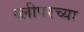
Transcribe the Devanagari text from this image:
स्लीपरच्या